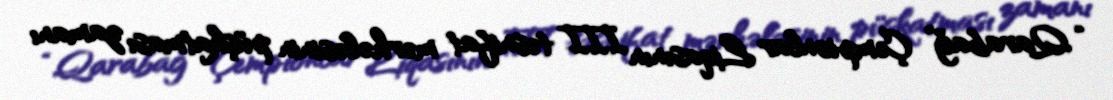
“Qarabağ” Çempionlar Liqasının III təsnifat mərhələsinin püşkatması zamanı